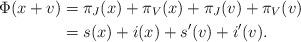
LaTeX: \begin{align*}\Phi(x+v)&=\pi_{J}(x)+\pi_{V}(x)+\pi_{J}(v)+ \pi_{V}(v)\\&=s(x)+i(x)+s'(v)+ i'(v). \end{align*}